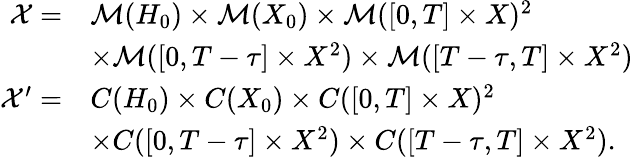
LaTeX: \begin{array}{rl}{\mathcal{X}=}&{\mathcal{M}(H_{0})\times\mathcal{M}(X_{0})\times\mathcal{M}([0,T]\times X)^{2}}\\ &{\times\mathcal{M}([0,T-\tau]\times X^{2})\times\mathcal{M}([T-\tau,T]\times X^{2})}\\ {\mathcal{X}^{\prime}=}&{C(H_{0})\times C(X_{0})\times C([0,T]\times X)^{2}}\\ &{\times C([0,T-\tau]\times X^{2})\times C([T-\tau,T]\times X^{2}).}\end{array}